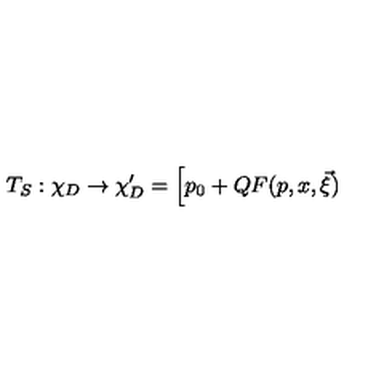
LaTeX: T _ { S } : \chi _ { D } \rightarrow \chi _ { D } ^ { \prime } = \Big [ p _ { 0 } + Q F ( p , x , \vec { \xi } )